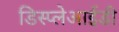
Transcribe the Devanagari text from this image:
डिस्प्लेआईडी